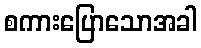
စကားပြောသောအခါ